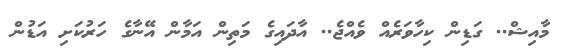
މާއިޝް.. ގަޑިން ކިހާވަރެއް ވެއްޖެ.. އާދައިގެ މަތިން އަމާން އޭނާގެ ހަރުކަށި އަޑުން